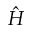
\hat { H }